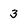
Character: 3